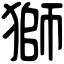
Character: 獅